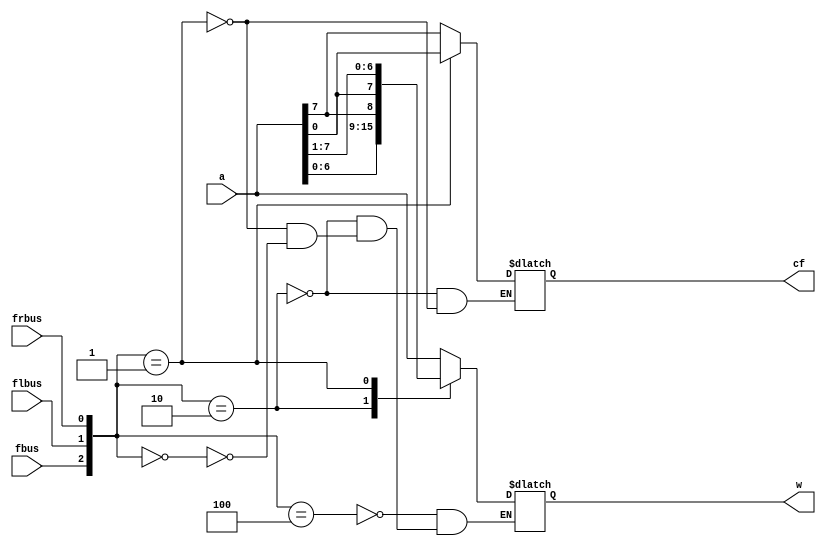
// module shift (
//     input fbus,
//     input flbus,
//     input frbus,
//     input [7:0] a,
//     output reg [7:0] w,
//     output reg cf
// );
//   always @(fbus, flbus, frbus, a) begin
//     cf = 1'b0;
//     if (fbus == 1'b1) w[7:0] = a[7:0];
//     else if (frbus == 1'b1) begin
//       w[7:0] = {a[0], a[7:1]};
//       cf = a[0];
//     end else if (flbus == 1'b1) begin
//       w[7:0] = {a[6:0], a[7]};
//       cf = a[7];
//     end else w[7:0] = 8'hZZ;
//   end
// endmodule

module shift(
	input fbus,flbus,frbus,
	input [7:0]a,
	output reg [7:0]w,
	output reg cf
);
always@(fbus,flbus,frbus,a)
case({fbus,flbus,frbus})
	3'b100: w <= a;
	3'b010: 
	begin
		w[7:0] <= {a[6:0],a[7]};
		cf <= a[7];
	end
	3'b001:
	begin
		w[7:0] <= {a[0],a[7:1]};
		cf <= a[0];
	end
	3'b000: w <= 8'hZZ;
endcase
endmodule